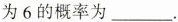
为6的概率为____.